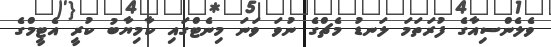
ވެލެންސިއާގެ ފުރަތަމަ ލަނޑު މެޗްގެ ނުވަ ވަނަ މިނެޓްގައި ކާމިޔާބު ކުރީ އެޓީމްގެ